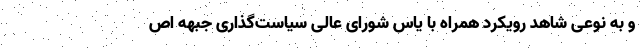
و به نوعی شاهد رویکرد همراه با یاس شورای عالی سیاست‌گذاری جبهه اص